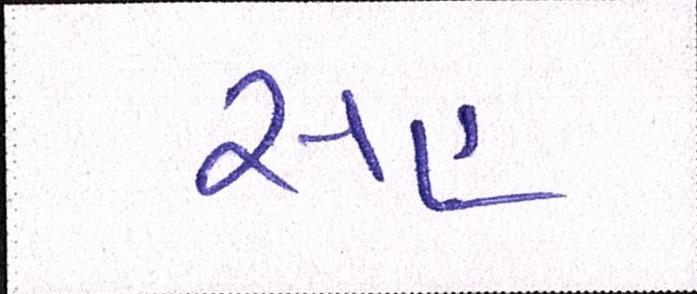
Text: સહુ